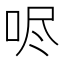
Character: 𫩺